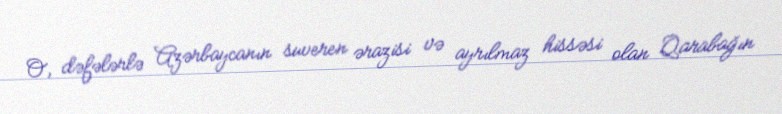
O, dəfələrlə Azərbaycanın suveren ərazisi və ayrılmaz hissəsi olan Qarabağın